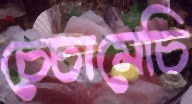
চেচামেচি